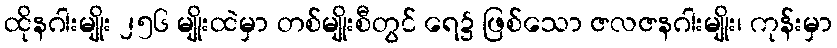
ထိုနဂါးမျိုး ၂၅၆ မျိုးထဲမှာ တစ်မျိုးစီတွင် ရေ၌ ဖြစ်သော ဇလဇနဂါးမျိုး၊ ကုန်းမှာ